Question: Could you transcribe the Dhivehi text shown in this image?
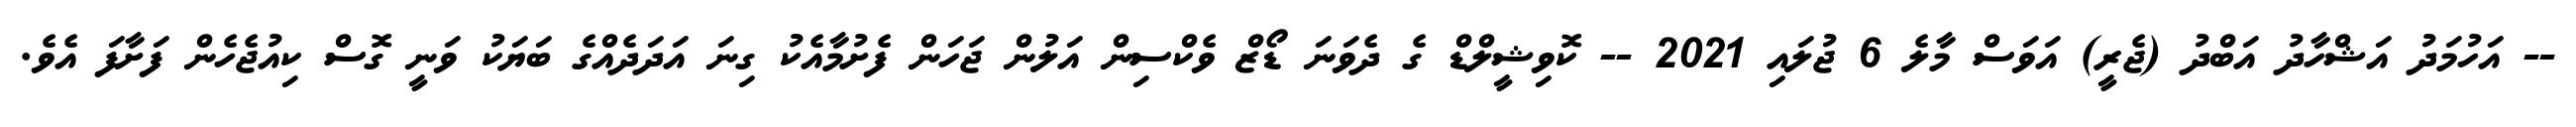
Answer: -- އަހުމަދު އަޝްހާދު އަބްދު (ޖެރީ) އަވަސް މާލެ 6 ޖުލައި 2021 -- ކޮވިޝީލްޑް ގެ ދެވަނަ ޑޯޒް ވެކްސިން އަލުން ޖަހަން ފެށުމާއެކު ގިނަ އަދަދެއްގެ ބަޔަކު ވަނީ ގޮސް ކިއުޖެހެން ފަށާފަ އެވެ.